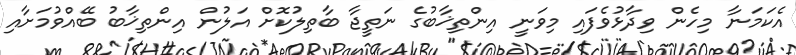
އެކަމަނާ މިހެން ވިދާޅުވެފައި މިވަނީ އިންތިޚާބުގެ ނަތީޖާ ބާތިލުކޮށް އަލުން އިންތިޚާބު ބޭއްވުމަށާއި